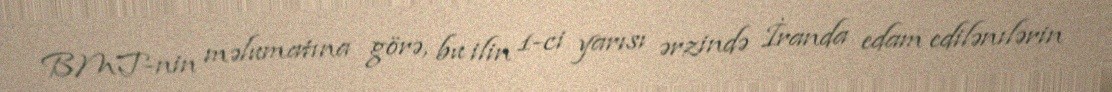
BMT-nin məlumatına görə, bu ilin 1-ci yarısı ərzində İranda edam edilənılərin